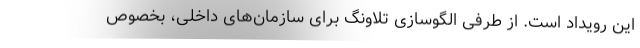
این رویداد است. از طرفی الگوسازی تلاونگ برای سازمان‌های داخلی، بخصوص